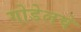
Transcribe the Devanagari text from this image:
गोडेलचे